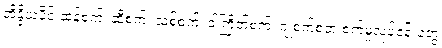
အိန္ဒိယပိုင် ဆန်စက်၊ ဆီစက်၊ သစ်စက်၊ ဝါကြိတ်စက်၊ ဂျုံစက်စတဲ့ စက်မှုလုပ်ငန်းတွေ